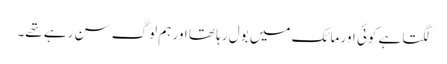
لگتا ہے کوئی اور مائک میں بول رہا تھا اور ہم لوگ سن رہے تھے۔